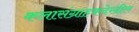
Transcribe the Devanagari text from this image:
कलासंग्राहकदेखील